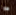
هوا